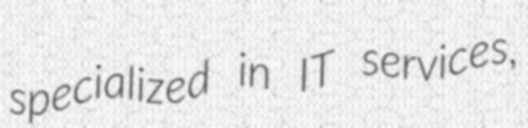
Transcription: specialized in IT services,